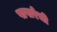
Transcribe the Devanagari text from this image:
पापारेची